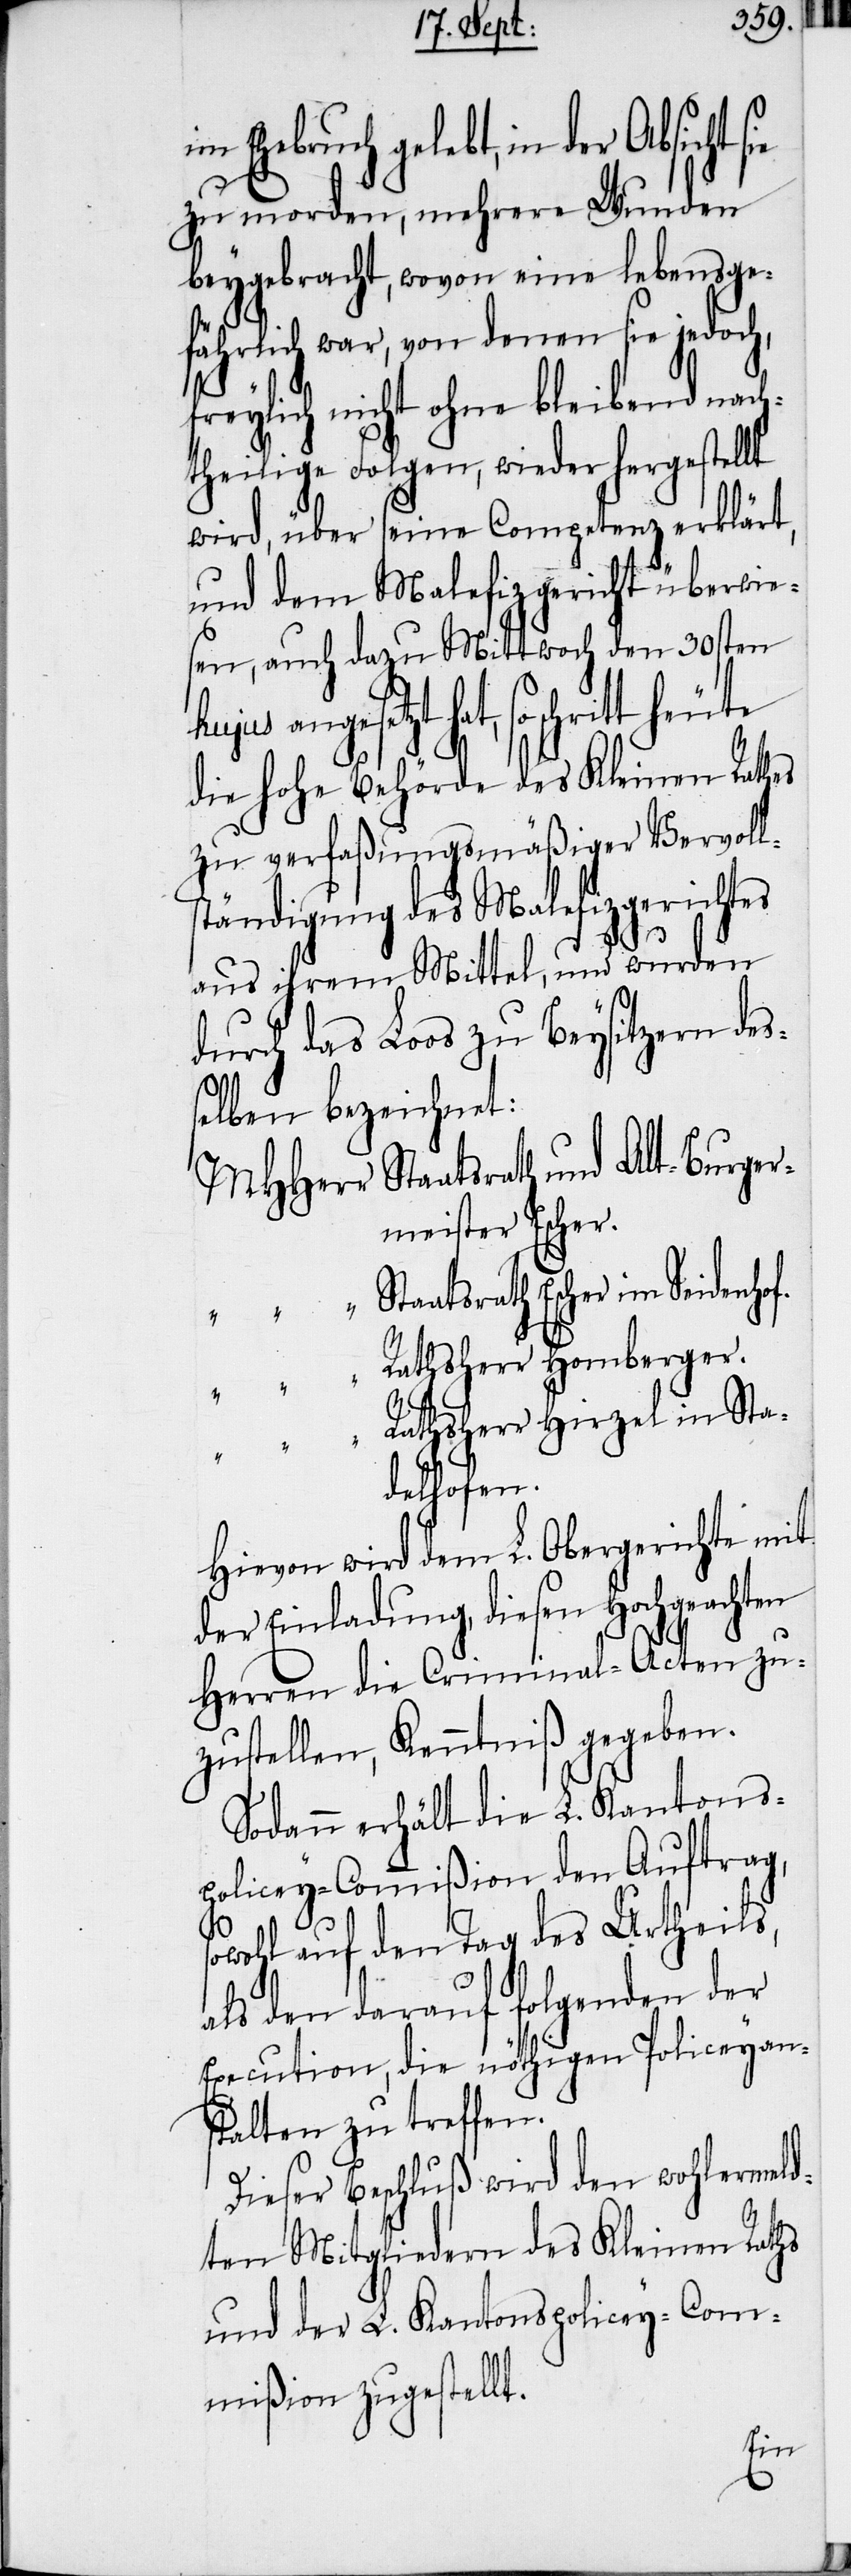
Ehebruch gelebt, in der Absicht
zu morden, mehrere Wunden
beygebracht, wovon eine lebensge¬
fährlich war, von denen sie jedoch,
freylich nicht ohne bleibend nach¬
tehilige Folgen, wieder hergestellt
wird, über seine Competenz erklärt,
und dem Malefizgericht überwie¬
sen, auch dazu Mittwoch den 30sten
so schritt heute
die hohe Behörde des Kleinen Rathes
zu verfaßungsmäßiger Vervolls¬
tändigung des Malefizgerichtes
aus ihrem Mittel, und wurden
durch das Loos zu Beysitzern des¬
selben bezeichnet:
MHHerr Staatsrath und Alt-Burger¬
meister Escher.
“		Staatsrath Escher im Seidenhof.
athsherr Homberger.
athsherr Hirzel in Sta¬
delhofen.
Hievon wird dem L. Obergerichte mit
der Einladung, diesen Hochgeachten
Herren die Criminal-Acten zu¬
zustellen, Kenntniß gegeben.
Sodann erhält die L. Kantons¬
policey-Commißion den Auftrag,
owohl auf den Tag des Urtheils,
als den darauf folgenden der
Execution, die nöhtigen Policeyan¬
stalten zu treffen.
Dieser Beschluß wird den wohlermeld¬
ten Mitgliedern des Kleinen Raths
und der L. Kantonspolicey-Com¬
mißion zugestellt.

s¬